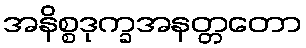
အနိစ္စဒုက္ခအနတ္တတော